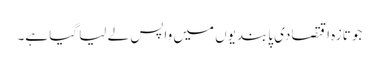
جو تازہ اقتصادی پابندیوں میں واپس لے لیا گیا ہے۔